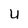
Character: U